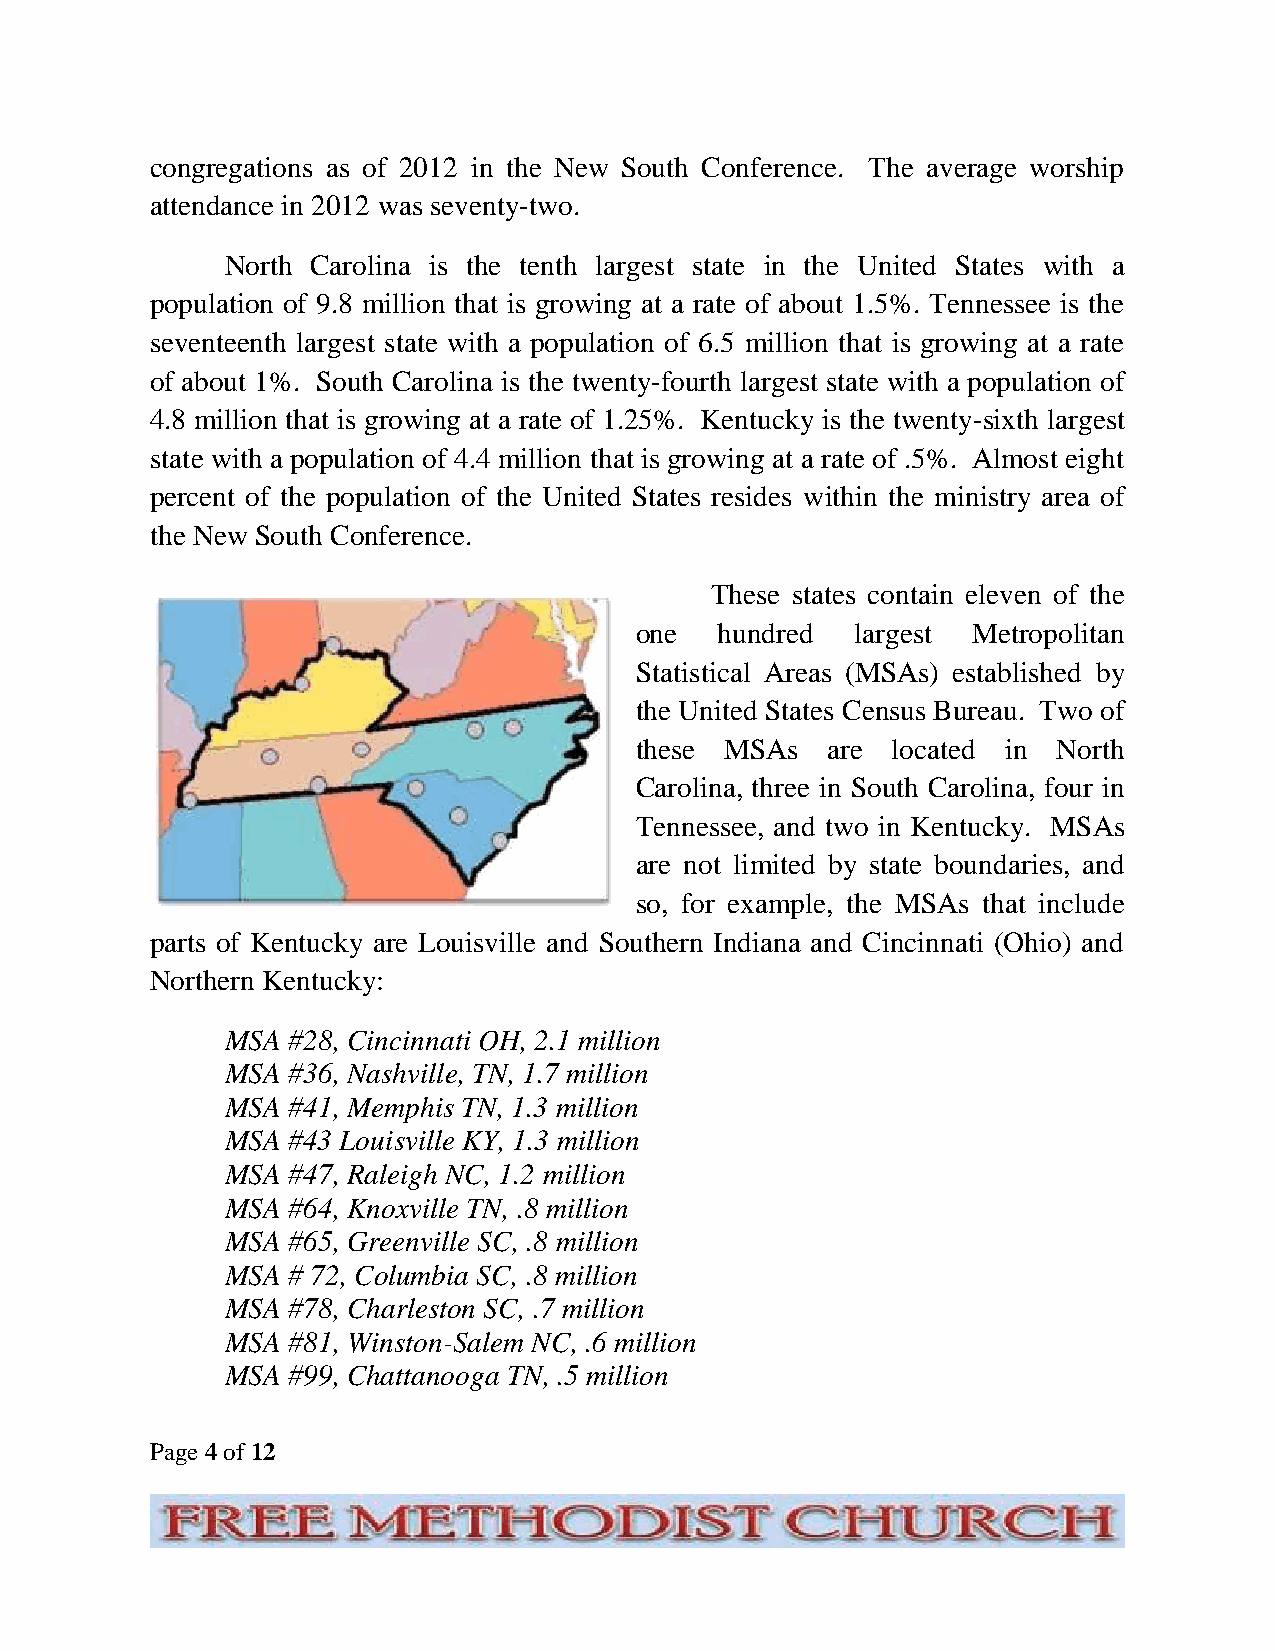
congregations as of 2012 in the New South Conference. The average worship
 attendance in 2012 was seventy-two.
 North Carolina is the tenth largest state in the United States with a
 population of 9.8 million that is growing at a rate of about 1.5%. Tennessee is the
 seventeenth largest state with a population of 6.5 million that is growing at a rate
 of about 1%. South Carolina is the twenty-fourth largest state with a population of
 4.8 million that is growing at a rate of 1.25%. Kentucky is the twenty-sixth largest
 state with a population of 4.4 million that is growing at a rate of .5%. Almost eight
 percent of the population of the United States resides within the ministry area of
 the New South Conference.
 These states contain eleven of the
 one   hundred  largest Metropolitan
 Statistical Areas (MSAs) established by
 the United States Census Bureau. Two of
 these MSAs   are located in North
 Carolina, three in South Carolina, four in
 Tennessee, and two in Kentucky. MSAs
 are not limited by state boundaries, and
 so, for example, the MSAs that include
 parts of Kentucky are Louisville and Southern Indiana and Cincinnati (Ohio) and
 Northern Kentucky:
 MSA #28, Cincinnati OH, 2.1 million
 MSA #36, Nashville, TN, 1.7 million
 MSA #41, Memphis TN, 1.3 million
 MSA #43 Louisville KY, 1.3 million
 MSA #47, Raleigh NC, 1.2 million
 MSA #64, Knoxville TN, .8 million
 MSA #65, Greenville SC, .8 million
 MSA # 72, Columbia SC, .8 million
 MSA #78, Charleston SC, .7 million
 MSA #81, Winston-Salem NC, .6 million
 MSA #99, Chattanooga TN, .5 million
 Page 4 of 12